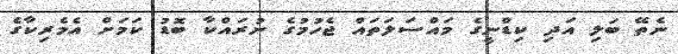
ނެތޭ ބަލި އަދި ކިޑްނީގެ މައްސަލަތައް ޖެހުމުގެ ނުރައްކާ ބޮޑު ކަމަށް އެމެރިކާގެ